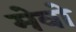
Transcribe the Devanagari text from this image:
मेवो